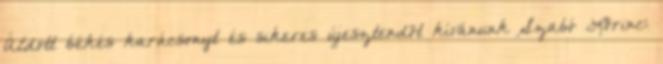
Áldott békés karácsonyt és sikeres újesztendõt kívánunk Szabó Lõrinc: